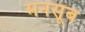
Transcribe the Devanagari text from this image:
मनसूब